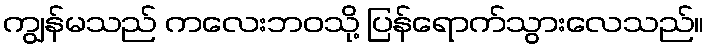
ကျွန်မသည် ကလေးဘဝသို့ ပြန်ရောက်သွားလေသည်။